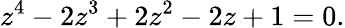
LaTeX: z^{4}-2z^{3}+2z^{2}-2z+1=0.